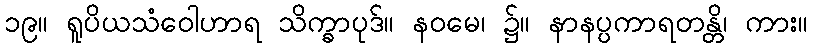
၁၉။ ရူပိယသံဝေါဟာရ သိက္ခာပုဒ်။ နဝမေ၊ ၌။ နာနပ္ပကာရတန္တိ၊ ကား။